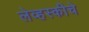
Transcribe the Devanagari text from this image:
लेव्हस्कीचे